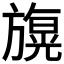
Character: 𣄙